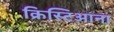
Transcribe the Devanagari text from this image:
क्रिस्टिआना